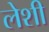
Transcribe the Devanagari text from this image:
लेशी